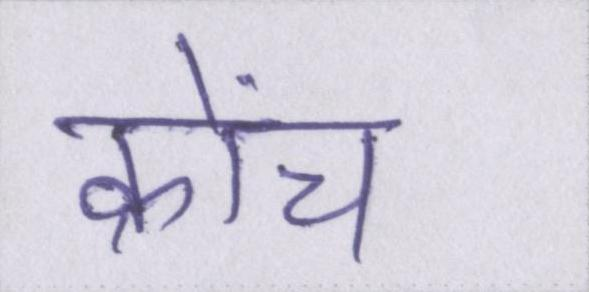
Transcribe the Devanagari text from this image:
क्रोंच